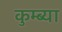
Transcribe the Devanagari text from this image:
कुम्ब्या